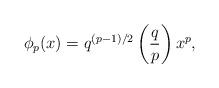
LaTeX: \begin{align*} \phi_p(x)= q^{(p-1)/2}\left(\frac{q}{p}\right)x^p,\end{align*}